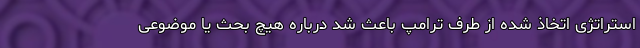
استراتژی اتخاذ شده از طرف ترامپ باعث شد درباره هیچ بحث یا موضوعی